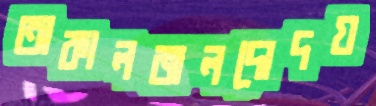
অকালজলদোদয়